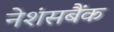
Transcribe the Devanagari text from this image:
नेशंसबैंक